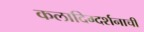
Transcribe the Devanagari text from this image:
कलादिग्दर्शनाची